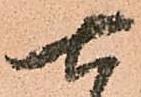
七